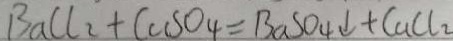
B a C l _ { 2 } + C a S O _ { 4 } = B a S O _ { 4 } \downarrow + C a C l _ { 2 }